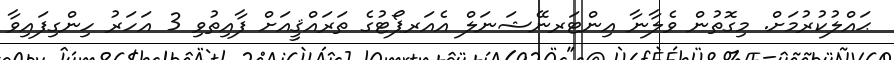
ޙައްލުކުރުމަށް. މިގޮތުން ވެލާނާ އިންޓަރނޭޝަނަލް އެއަރޕޯޓުގެ ތަރައްޤީއަށް ފާއިތުވި 3 އަހަރު ހިންގިފައިވާ